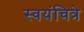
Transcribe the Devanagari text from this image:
स्वयंचित्रे